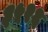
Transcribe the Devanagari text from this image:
३५२६